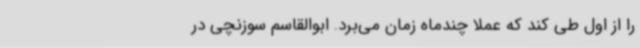
را از اول طی کند که عملاً چندماه زمان می‌برد. ابوالقاسم سوزنچی در